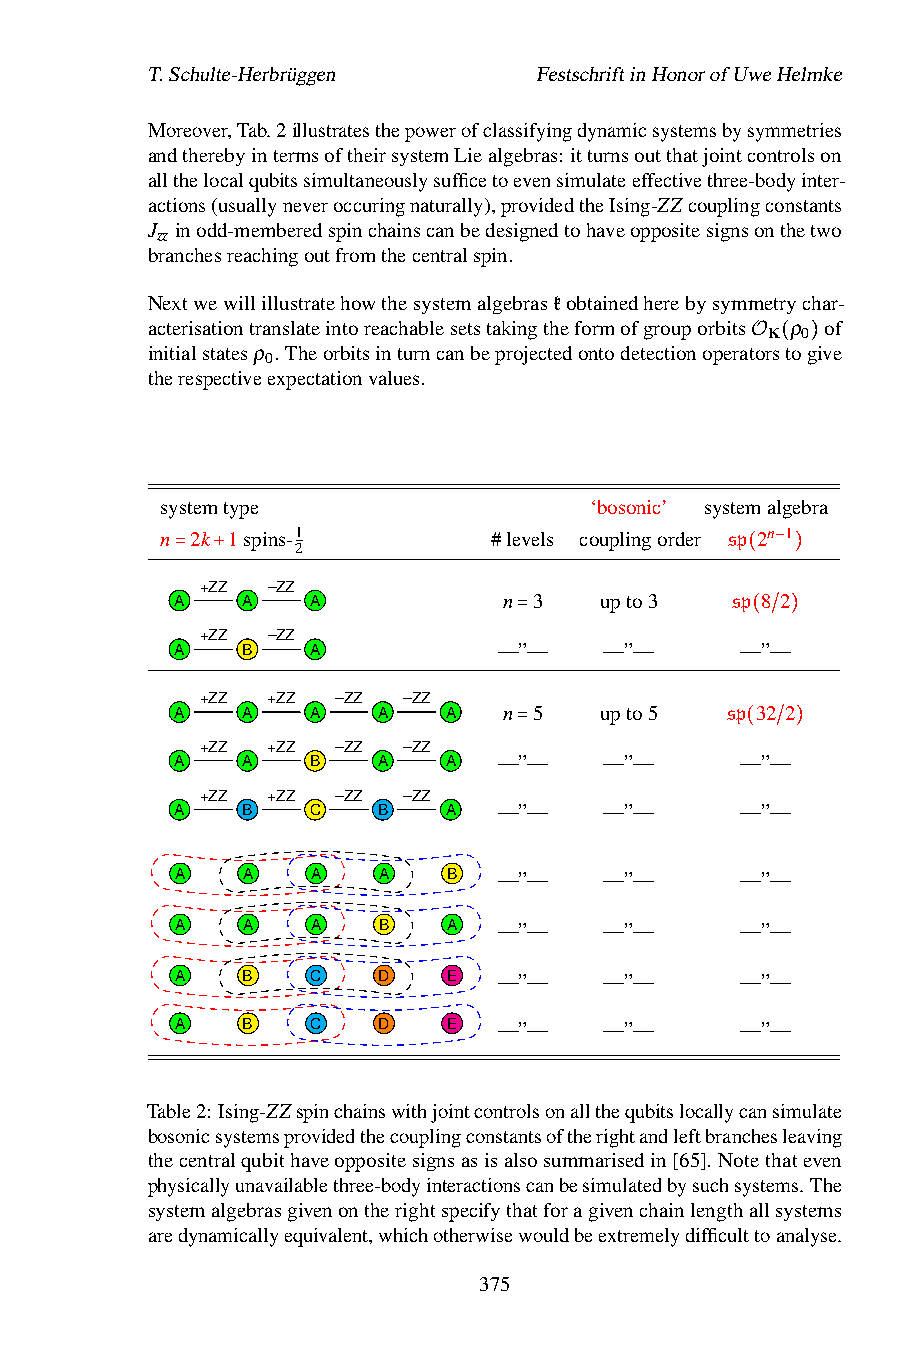
T.Schulte-Herbrüggen      FestschriftinHonorofUweHelmke
 Moreover,Tab.2illustratesthepowerofclassifyingdynamicsystemsbysymmetries
 andtherebyintermsoftheirsystemLiealgebras: itturnsoutthatjointcontrolson
 allthelocalqubitssimultaneouslysufficetoevensimulateeffectivethree-bodyinter-
 actions(usuallyneveroccuringnaturally),providedtheIsing-ZZcouplingconstants
 J inodd-memberedspinchainscanbedesignedtohaveoppositesignsonthetwo
 zz
 branchesreachingoutfromthecentralspin.
 Nextwewillillustratehowthesystemalgebraskobtainedherebysymmetrychar-
 acterisationtranslateintoreachablesetstakingtheformofgrouporbits ρ of
 K 0
 initialstatesρ . Theorbitsinturncanbeprojectedontodetectionoperatorstogive
 0
 therespectiveexpectationvalues.         O ( )
 systemtype                  ‘bosonic’ systemalgebra
 n 2k 1spins-1        #levels couplingorder sp 2n 1
 2
 −
 = +Z+Z –ZZ                           (   )
 A   A   A            n 3    upto3   sp 8 2
 +ZZ  –ZZ
 A   B   A            —=”—   —”—      —(”—/ )
 +ZZ  +ZZ –ZZ  –ZZ
 A   A   A    A   A   n 5    upto5   sp 32 2
 +ZZ  +ZZ –ZZ  –ZZ
 A   A   B    A   A   —=”—   —”—      —(”—/ )
 +ZZ  +ZZ –ZZ  –ZZ
 A   B   C    B   A   —”—    —”—      —”—
 A   A    A   A    B
 —”—    —”—      —”—
 A   A    A   B    A
 —”—    —”—      —”—
 A   B    C   D    E  —”—    —”—      —”—
 A   B    C   D    E  —”—    —”—      —”—
 Table2:Ising-ZZspinchainswithjointcontrolsonallthequbitslocallycansimulate
 bosonicsystemsprovidedthecouplingconstantsoftherightandleftbranchesleaving
 thecentralqubithaveoppositesignsasisalsosummarisedin[65]. Notethateven
 physicallyunavailablethree-bodyinteractionscanbesimulatedbysuchsystems. The
 systemalgebrasgivenontherightspecifythatforagivenchainlengthallsystems
 aredynamicallyequivalent,whichotherwisewouldbeextremelydifficulttoanalyse.
 375